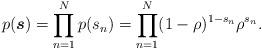
LaTeX: \begin{align*} p(\boldsymbol{s}) = \prod_{n=1}^N p(s_n) = \prod_{n=1}^N(1-\rho)^{1-s_n} \rho^{s_n}.\end{align*}